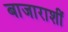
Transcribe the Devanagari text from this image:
बाजाराशीं